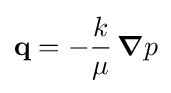
\mathbf {q} =-{\frac {k}{\mu }}\,{\boldsymbol {\nabla }}p